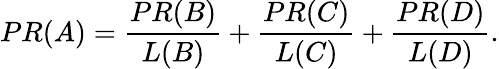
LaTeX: PR(A)={\frac{PR(B)}{L(B)}}+{\frac{PR(C)}{L(C)}}+{\frac{PR(D)}{L(D)}}.